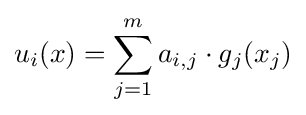
u_{i}(x)=\sum _{j=1}^{m}a_{i,j}\cdot g_{j}(x_{j})